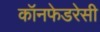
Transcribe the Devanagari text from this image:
कॉनफेडरेसी